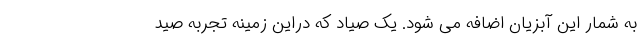
به شمار این آبزیان اضافه می شود. یک صیاد که دراین زمینه تجربه صید